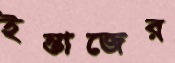
ইন্তাজের